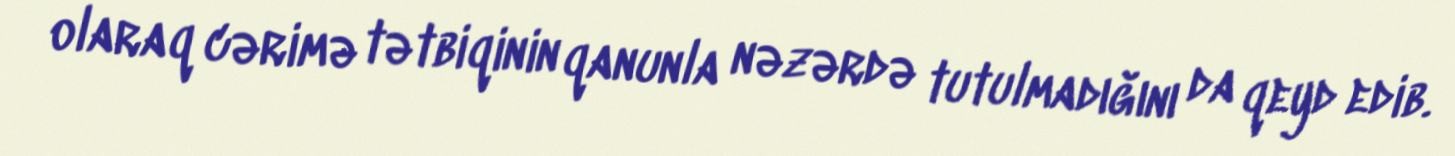
olaraq cərimə tətbiqinin qanunla nəzərdə tutulmadığını da qeyd edib.